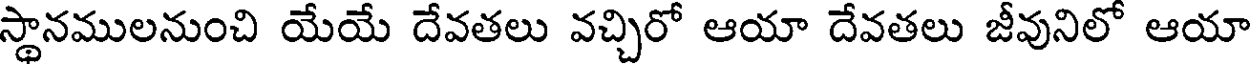
స్థానములనుంచి యేయే దేవతలు వచ్చిరో ఆయా దేవతలు జీవునిలో ఆయా